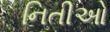
નિતીઓ